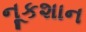
નૂકશાન